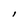
Character: I